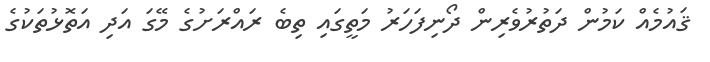
ޤައުމެއް ކަމުން ދަތުރުވެރިން ދޯނިފަހަރު މަތީގައި ތިބެ ރައްރަށުގެ މޭގަ އަދި އަތޮޅުތަކުގެ